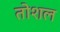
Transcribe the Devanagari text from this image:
तोशल